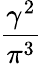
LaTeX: \frac{\gamma^{2}}{\pi^{3}}